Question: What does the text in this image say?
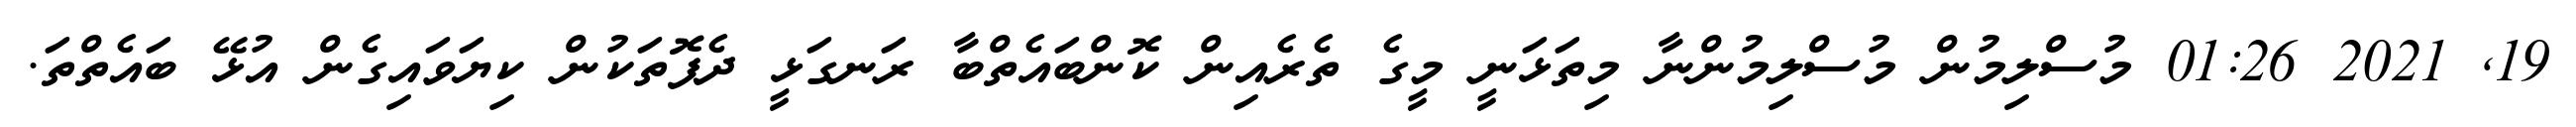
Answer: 19, 2021 01:26 މުސްލިމުން މުސްލިމުންނާ މިތަޅަނީ މީގެ ތެރެއިން ކޮންބައެތްބާ ރަނގަޅީ ދެފޮތަކުން ކިޔަވައިގެން އުޅޭ ބައެތްތަ.